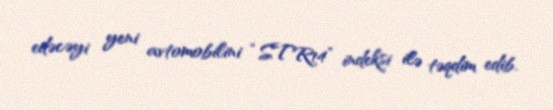
edəcəyi yeni avtomobilini “STR14” indeksi ilə təqdim edib.